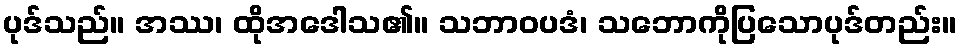
ပုဒ်သည်။ အဿ၊ ထိုအဒေါသ၏။ သဘာဝပဒံ၊ သဘောကိုပြသောပုဒ်တည်း။